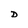
Character: D